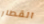
القطار